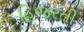
હિજરતી